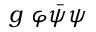
g \ \varphi { \bar { \psi } } \psi